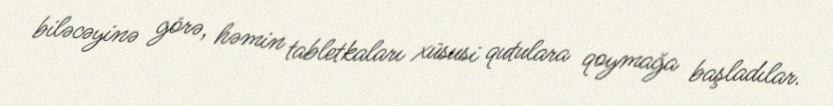
biləcəyinə görə, həmin tabletkaları xüsusi qutulara qoymağa başladılar.